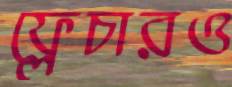
ফ্লেচারও